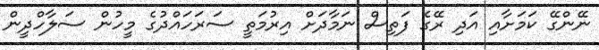
ނޭންގޭ ކަމަށާއި އަދި ރޭގެ ފަތިސް ނަމާދަށް އިރުމަތީ ސަރަހައްދުގެ މީހުން ސަލާހްދީން